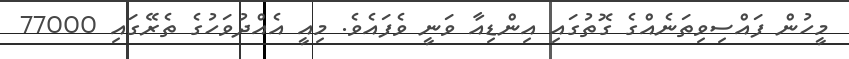
މީހުން ފައްސިވިތަނެއްގެ ގޮތުގައި އިންޑިއާ ވަނީ ވެފައެވެ. މިއީ އެއްދުވަހުގެ ތެރޭގައި 77000